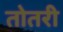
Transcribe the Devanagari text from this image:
तोतरी